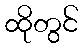
ထိုတွင်